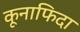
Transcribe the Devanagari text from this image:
कूनाफिदा